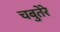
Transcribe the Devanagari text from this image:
चबुतेरे